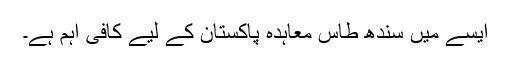
ایسے میں سندھ طاس معاہدہ پاکستان کے لیے کافی اہم ہے۔